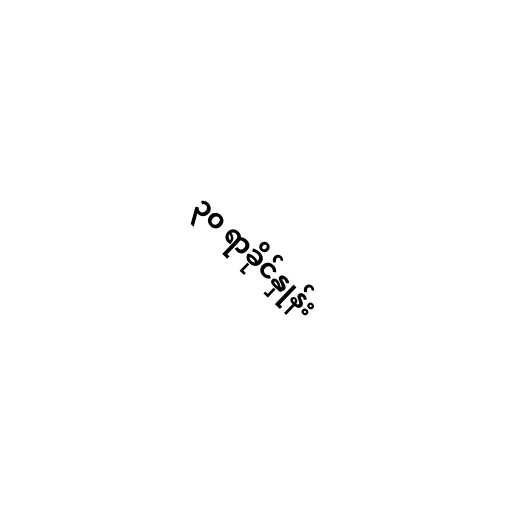
၃၀ ရာခိုင်နှုန်း